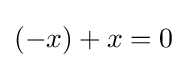
(-x)+x=0